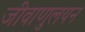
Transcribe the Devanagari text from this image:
जीवाणुलयन